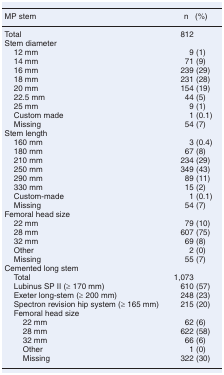
| MP stem | n (%) |
 | --- | --- |
 | Total | 812 |
 | <COLSPAN=2> Stem diameter |
 | 12 mm | 9 (1) |
 | 14 mm | 71 (9) |
 | 16 mm | 239 (29) |
 | 18 mm | 231 (28) |
 | 20 mm | 154 (19) |
 | 22.5 mm | 44 (5) |
 | 25 mm | 9 (1) |
 | Custom made | 1 (0.1) |
 | Missing | 54 (7) |
 | <COLSPAN=2> Stem length |
 | 160 mm | 3 (0.4) |
 | 180 mm | 67 (8) |
 | 210 mm | 234 (29) |
 | 250 mm | 349 (43) |
 | 290 mm | 89 (11) |
 | 330 mm | 15 (2) |
 | Custom-made | 1 (0.1) |
 | Missing | 54 (7) |
 | <COLSPAN=2> Femoral head size |
 | 22 mm | 79 (10) |
 | 28 mm | 607 (75) |
 | 32 mm | 69 (8) |
 | Other | 2 (0) |
 | Missing | 55 (7) |
 | <COLSPAN=2> Cemented long stem |
 | Total | 1,073 |
 | Lubinus SP II (≥ 170 mm) | 610 (57) |
 | Exeter long-stem (≥ 200 mm) | 248 (23) |
 | Spectron revision hip system (≥ 165 mm) | 215 (20) |
 | Femoral head size |  |
 | 22 mm | 62 (6) |
 | 28 mm | 622 (58) |
 | 32 mm | 66 (6) |
 | Other | 1 (0) |
 | Missing | 322 (30) |